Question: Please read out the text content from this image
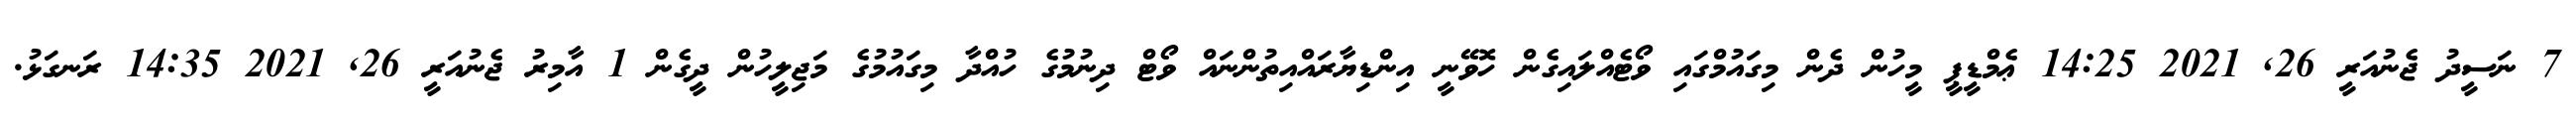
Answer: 7 ނަސީދު ޖެނުއަރީ 26, 2021 14:25 ޢެމްޑީޕީ މީހުން ދެން މިގައުމްގައި ވޯޓެއްލައިގެން ހޮވޭނީ އިންޑިޔާރައްއިތުންނައް ވޯޓް ދިނުމުގެ ހުއްދާ މިގައުމުގެ މަޖިލީހުން ދީގެން 1 އާމިރު ޖެނުއަރީ 26, 2021 14:35 ރަނގަޅު.